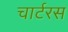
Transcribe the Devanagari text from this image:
चार्टरस